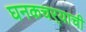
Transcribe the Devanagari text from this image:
घनकचर्‍याची